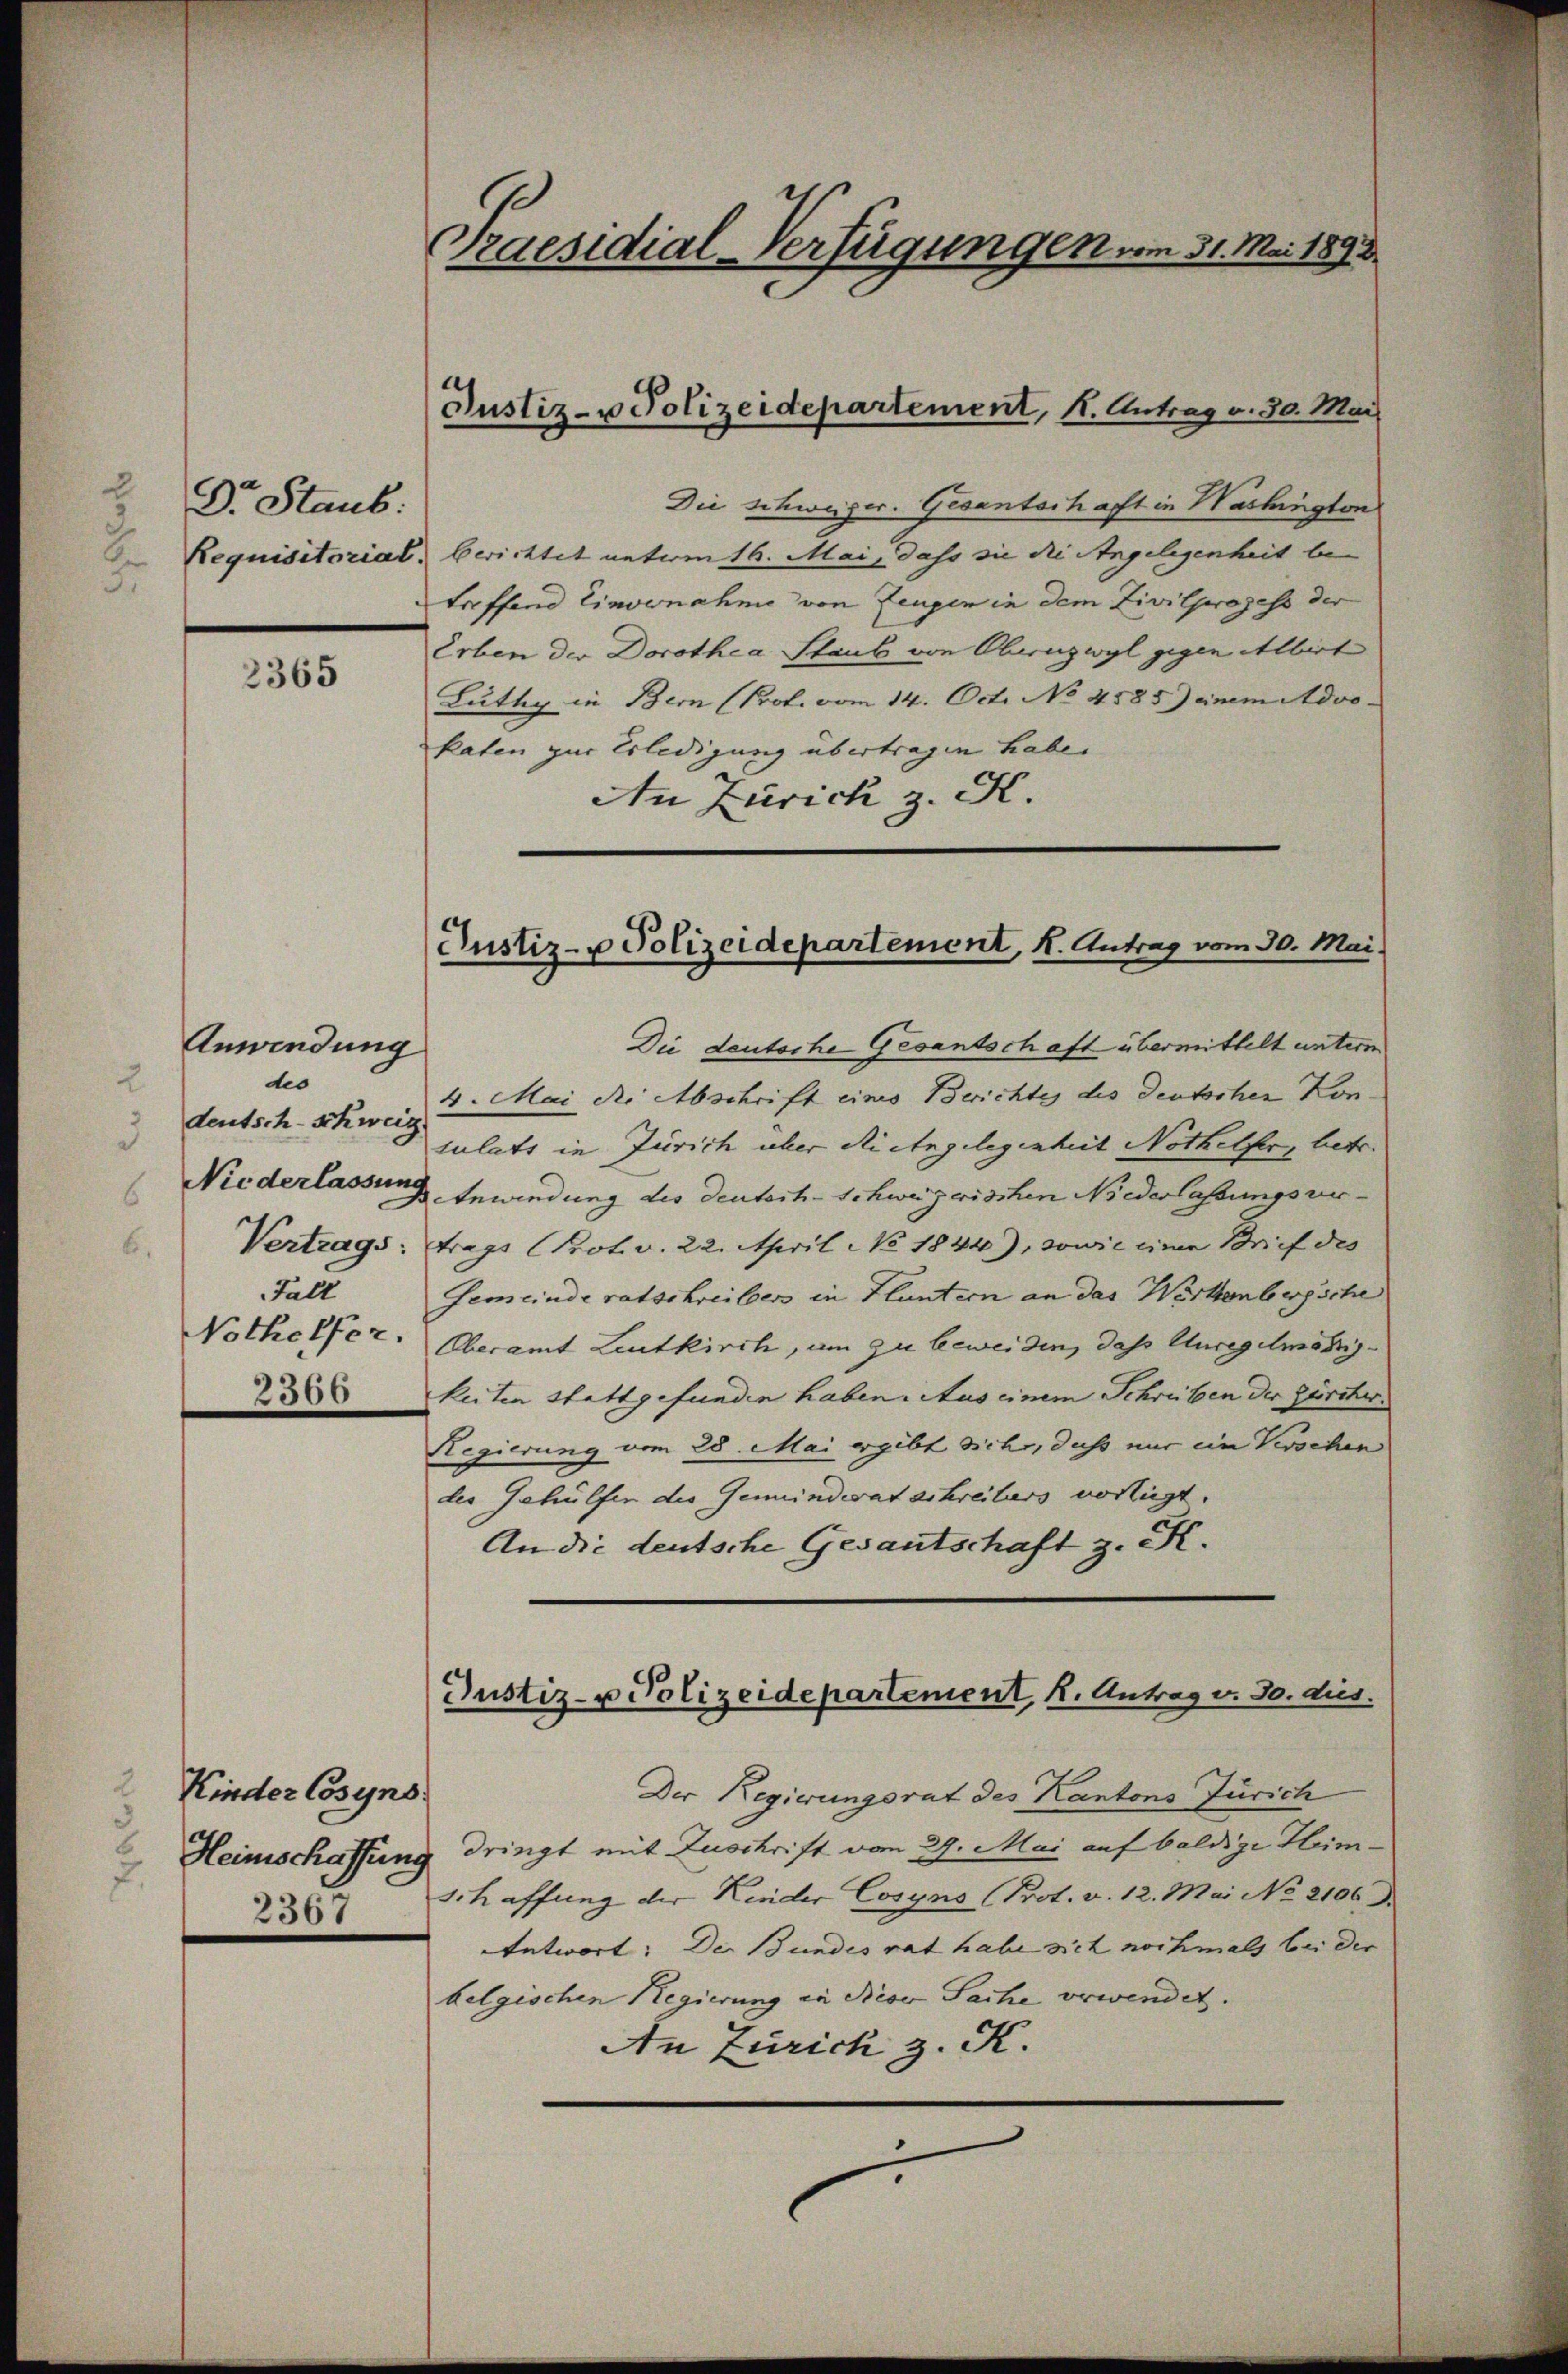
Dr. Staub:
.

2365

Anwendung
des
2
deutsch-schweiz.
Niederlassung
Vertrags:
Fall
Nothelfer.
2366

Kinder Cosyns
Heimschaffung
2365

Praesidial-Verfügungen vom 31. Mai 1893.

Justiz- u Polizeidepartement, K. Antrag v. 30. Mai

Die Schweizer. Gesantschafft in Washington
Requisitorial, berichtet unteren 16. Mai, dass sie die Angelegenheit betreffend Einvernahme von Zeugen in dem Zivilprozess der
Erben der Dorothea Staub von Obernzwyl gegen Albert
Buthig in Bern (Prot. vom 14. Oct. No 4885) einem Advo¬
Paten zur Erledigung übertragen habe.
An Zürich z. K.

Justiz- u Polizeidepartement, K. Antrag vom 30. Mai.

Justiz- u Polizeidepartement, k. Antrag v. 30. dies

Die deutsche Gesantschaft übermittelt untern
4. Mai die Abschrift eines Berichtes des Deutscher Konsulats in Zürich über die eingelegenheit Nothelfer, betr.
Anwindung des deutsch-Schweizerischen Niederlassungsver-
trags Prot. v. 22. April No 1844), sowie eine Brief des
Gemeinde ratschreiben in Hluntern an das Wertenbergsche
Oberamt Leutkirch, um zu beweiden, das Unregelmäßigkeiten stattgefunden haben. Aus einem Schreiben der Zürcher
Regierung vom 28. Mai ergibt sich, dass nur ein Verschen
des Gehülfen der Gemeindeat schreibers vorliegt.
An die deutsche Gesantschaft z. K.
Der Regierungsrat des Kantons Zürich
dringt mit Zuschrift vom 29. Mai auf baldige Heim¬
Schaffung der Kinder Cosyns (Prot. v. 12. Mai No 2106
Antwort: Der Bundesrat habe sich nochmals bei der
belgischen Regierung in Nicov Sache verwendet.
An Zürich z. K.